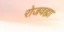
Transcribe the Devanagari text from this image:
रोजवह्या